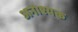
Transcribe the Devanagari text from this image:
अनाश्यक